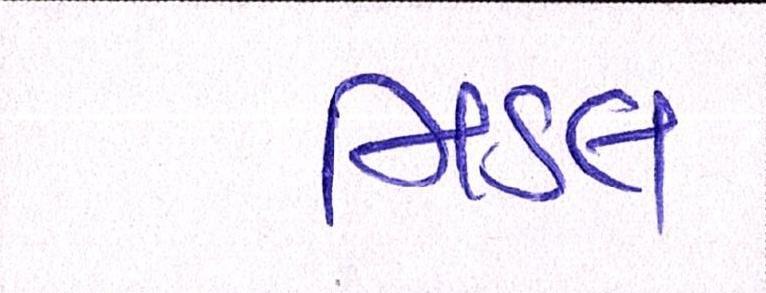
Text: મિડલ